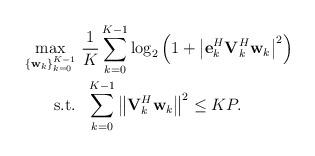
LaTeX: \begin{align*} \begin{aligned} \mathop {\max }\limits_{ \left\{ {{{\bf{w}}_k}} \right\}_{k = 0}^{K - 1} }& \ \frac{1}{{K}}\sum\limits_{k = 0}^{K - 1} {{{\log }_2}\left( {1 + {{\left| {{\bf{e}}_k^H{\bf{V}}_k^H{{\bf{w}}_k}} \right|}^2}} \right)}\\ {\rm{s.t.}} &\ \ \sum\limits_{k = 0}^{K - 1} {{{\left\| {{{\bf{V}}_k^H}{{\bf{w}}_k}} \right\|}^2}} \le KP. \end{aligned} \end{align*}